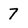
Character: 7